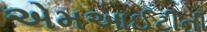
એમઆઈટીની